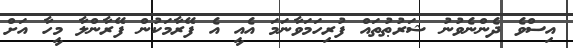
އިސްވެ ދެންނެވުނު ޝަރުޠުތައް ފުރިހަމަވާނަމަ އެއީ އެ ފޭރާމަކުން ފޭރާންލާ މީހާ އަށް